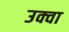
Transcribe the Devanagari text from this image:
उक्वा